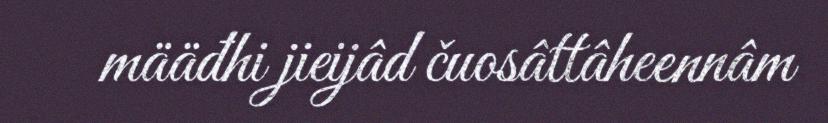
määđhi jieijâd čuosâttâheennâm